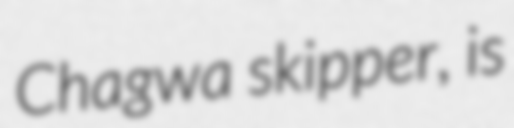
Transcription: Chagwa skipper, is